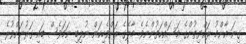
ގިނަ އާންމު ރައްޔިތުންގެ މަސައްކަތުންނެވެ. މާލޭގެ ރަށްވެހިކަން ނުލިބި ނަމަވެސް ބައި ގަރުނަށްވުރެ